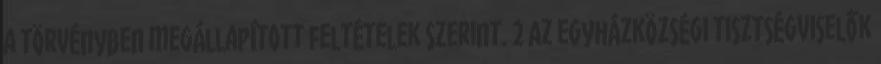
a törvényben megállapított feltételek szerint. 2 Az egyházközségi tisztségviselők